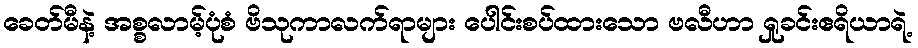
ခေတ်မီနဲ့ အစ္စလာမ့်ပုံစံ ဗိသုကာလက်ရာများ ပေါင်းစပ်ထားသော ဗလီဟာ ရှုခင်းဧရိယာရဲ့